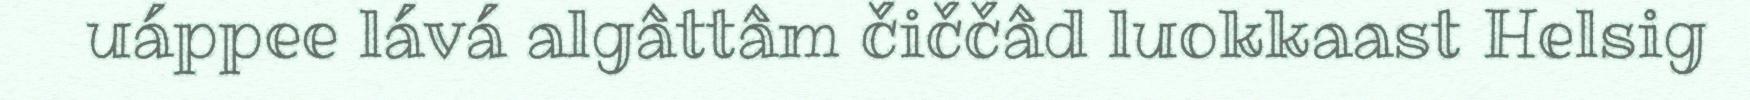
uáppee lává algâttâm čiččâd luokkaast Helsig